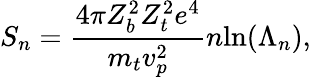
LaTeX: S_{n}=\frac{4\pi Z_{b}^{2}Z_{t}^{2}e^{4}}{m_{t}v_{p}^{2}}n\mathrm{ln}(\Lambda_{n}),